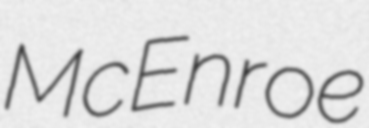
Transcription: McEnroe